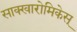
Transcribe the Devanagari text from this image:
साक्खारोमिकेस्